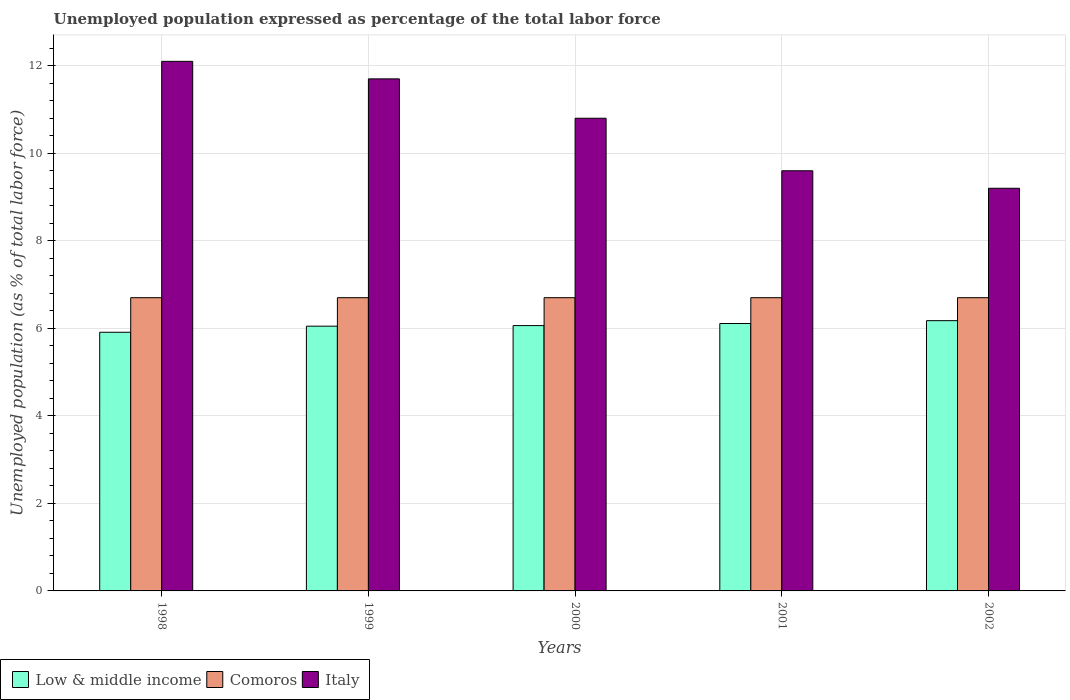
| Years | Low & middle income | Comoros | Italy |
 | --- | --- | --- | --- |
 | 1998 | 5.91 | 6.7 | 12.1 |
 | 1999 | 6.05 | 6.7 | 11.7 |
 | 2000 | 6.06 | 6.7 | 10.8 |
 | 2001 | 6.11 | 6.7 | 9.6 |
 | 2002 | 6.18 | 6.7 | 9.2 |